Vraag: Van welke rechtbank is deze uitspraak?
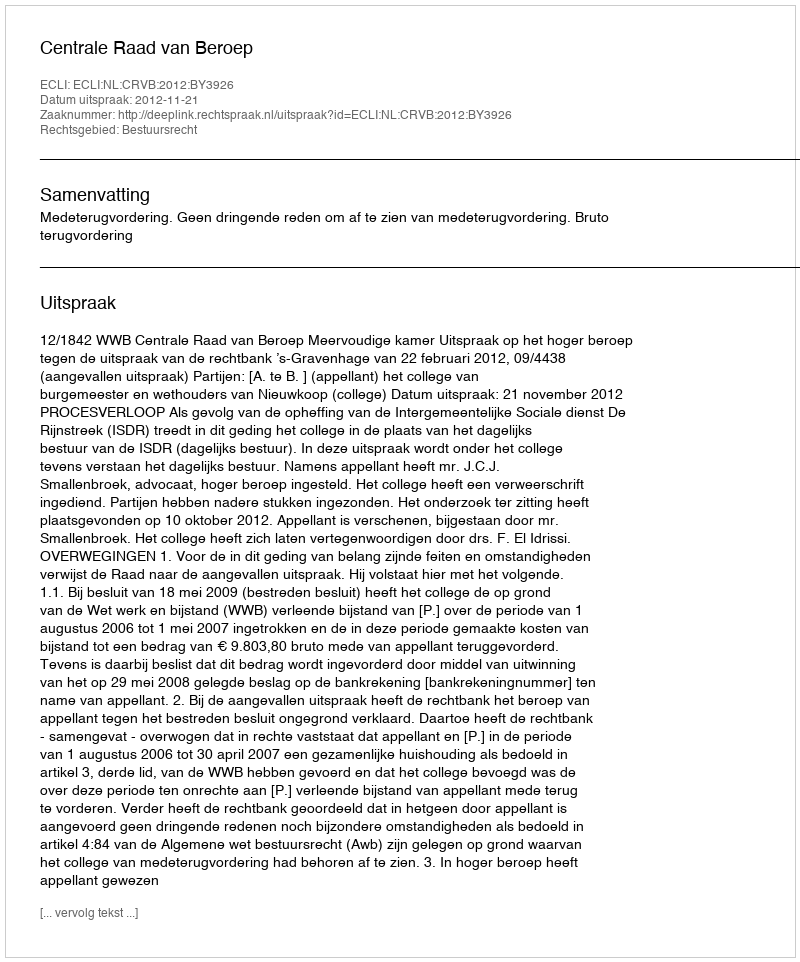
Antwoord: Centrale Raad van Beroep